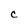
Character: C